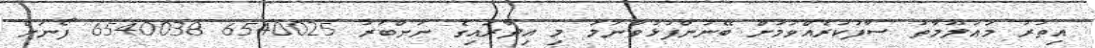
އިތުރު މަޢުލޫމާތު ސާފުކުރެއްވުމަށް ބޭނުންފުޅުވާނަމަ މި އިދާރައިގެ ނަންބަރު 6540025 6540038 ފޯނަށް